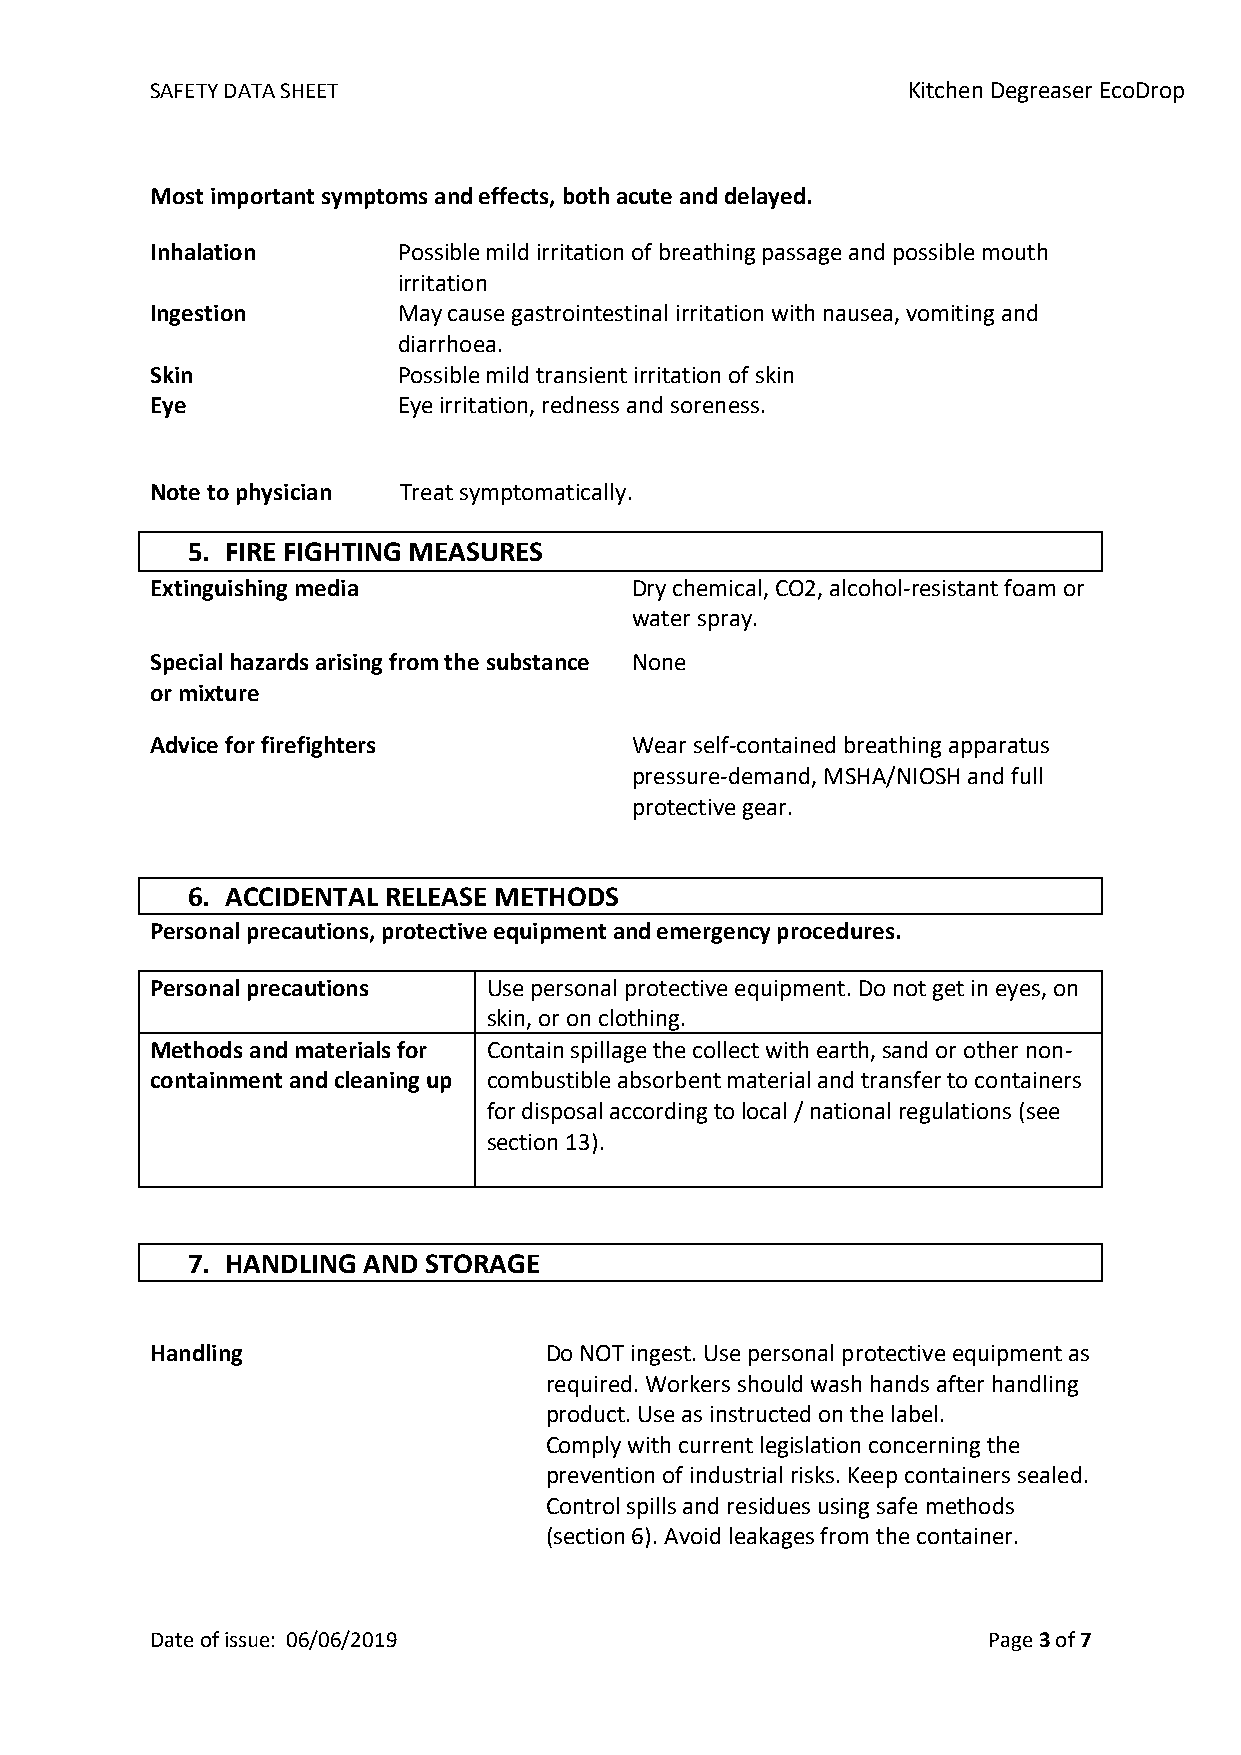
SAFETY DATA SHEET                                 Kitchen Degreaser EcoDrop
 Most important symptoms and effects, both acute and delayed.
 Inhalation      Possible mild irritation of breathing passage and possible mouth
 irritation
 Ingestion       May cause gastrointestinal irritation with nausea, vomiting and
 diarrhoea.
 Skin            Possible mild transient irritation of skin
 Eye             Eye irritation, redness and soreness.
 Note to physician Treat symptomatically.
 5. FIRE FIGHTING MEASURES
 Extinguishing media             Dry chemical, CO2, alcohol-resistant foam or
 water spray.
 Special hazards arising from the substance None
 or mixture
 Advice for firefighters         Wear self-contained breathing apparatus
 pressure-demand, MSHA/NIOSH and full
 protective gear.
 6. ACCIDENTAL RELEASE METHODS
 Personal precautions, protective equipment and emergency procedures.
 Personal precautions  Use personal protective equipment. Do not get in eyes, on
 skin, or on clothing.
 Methods and materials for Contain spillage the collect with earth, sand or other non-
 containment and cleaning up combustible absorbent material and transfer to containers
 for disposal according to local / national regulations (see
 section 13).
 7. HANDLING AND STORAGE
 Handling                  Do NOT ingest. Use personal protective equipment as
 required. Workers should wash hands after handling
 product. Use as instructed on the label.
 Comply with current legislation concerning the
 prevention of industrial risks. Keep containers sealed.
 Control spills and residues using safe methods
 (section 6). Avoid leakages from the container.
 Date of issue: 06/06/2019                              Page 3 of 7